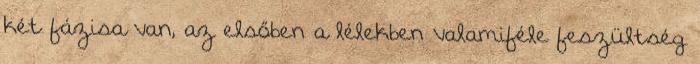
két fázisa van, az elsőben a lélekben valamiféle feszültség